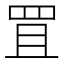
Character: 罝